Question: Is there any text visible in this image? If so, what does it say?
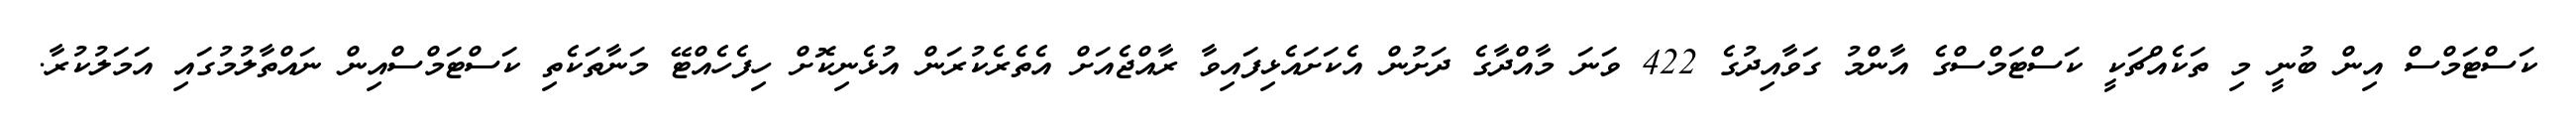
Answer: ކަސްޓަމްސް އިން ބުނީ މި ތަކެއްޗަކީ ކަސްޓަމްސްގެ އާންމު ގަވާއިދުގެ 422 ވަނަ މާއްދާގެ ދަށުން އެކަށައެޅިފައިވާ ރާއްޖެއަށް އެތެރެކުރަން އުޅެނިކޮށް ހިފެހެއްޓޭ މަނާތަކެތި ކަސްޓަމްސްއިން ނައްތާލުމުގައި އަމަލުކުރާ.